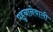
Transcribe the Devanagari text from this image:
पहुंचानेवाली